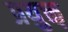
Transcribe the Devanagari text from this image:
प्रयुक्त़